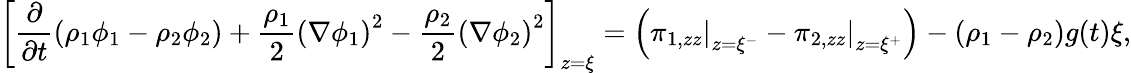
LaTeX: \left[\frac{\partial}{\partial t}\left(\rho_{1}\phi_{1}-\rho_{2}\phi_{2}\right)+\frac{\rho_{1}}{2}\left(\nabla\phi_{1}\right)^{2}-\frac{\rho_{2}}{2}\left(\nabla\phi_{2}\right)^{2}\right]_{z=\xi}=\left(\left.\pi_{1,zz}\right|_{z=\xi^{-}}-\left.\pi_{2,zz}\right|_{z=\xi^{+}}\right)-(\rho_{1}-\rho_{2})g(t)\xi,